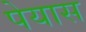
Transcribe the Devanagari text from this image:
पेयास